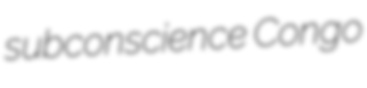
subconscience Congo